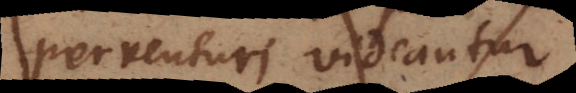
perventuri videantur.